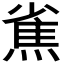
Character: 𤍳